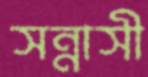
সন্নাসী